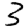
Digit: 3